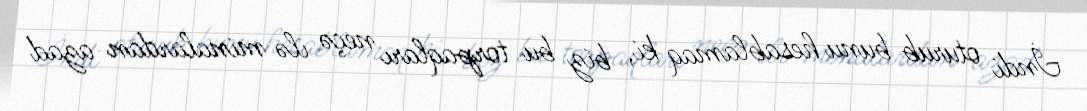
İndi oturub bunu hesablamaq ki, biz bu torpaqları neçə ilə minalardan azad